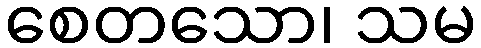
စေတသော၊ သမ